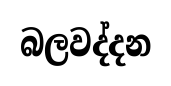
බලවද්දන